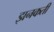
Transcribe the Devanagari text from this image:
झनकती